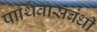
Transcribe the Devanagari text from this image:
पार्थिवासंबंधी